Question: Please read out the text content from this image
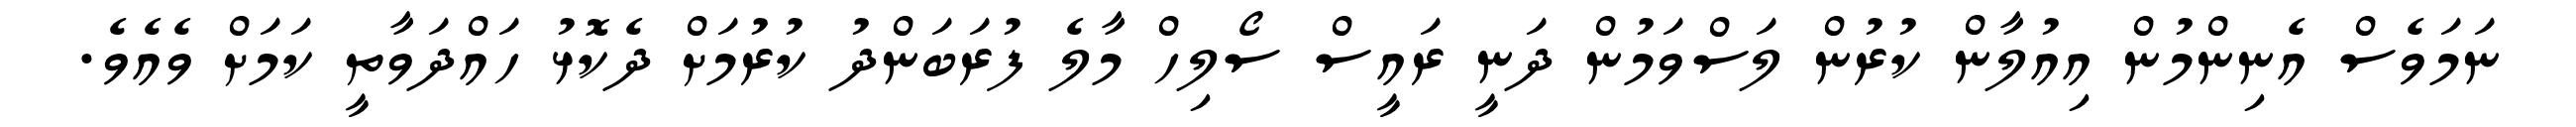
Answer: ނަމަވެސް އެނިންމުން އިއުލާން ކުރުން ލަސްވަމުން ދަނީ ރައީސް ސޯލިހް މާލެ ފުރަބަންދު ކުރުމަށް ދެކޮޅު ހައްދަވާތީ ކަމަށް ވެއެވެ.